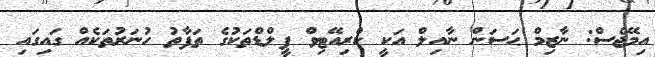
އިމޭޖެސް: ނާޒިމް ޙަސަން ނާއިލް އަކީ ކްރިއޭޓިވް ފީލްޑްތަކުގެ ތަފާތު ހުނަރުތަކެއް ގައިގައި